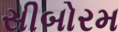
સીબોરમ